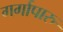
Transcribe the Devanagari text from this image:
गर्गापारु